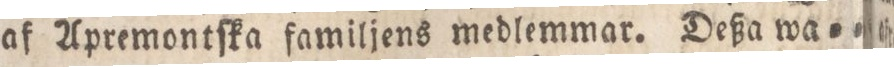
af Apremontſka familjens medlemmar. Deßa wa=